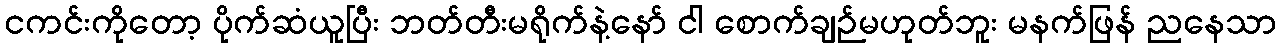
ငကင်းကိုတော့ ပိုက်ဆံယူပြီး ဘတ်တီးမရိုက်နဲ့နော် ငါ စောက်ချဉ်မဟုတ်ဘူး မနက်ဖြန် ညနေသာ